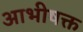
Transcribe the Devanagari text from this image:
आभीषक्त